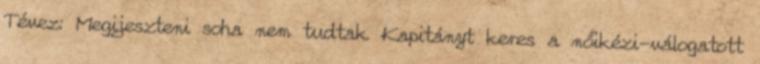
Tévez: Megijeszteni soha nem tudtak Kapitányt keres a nőikézi-válogatott